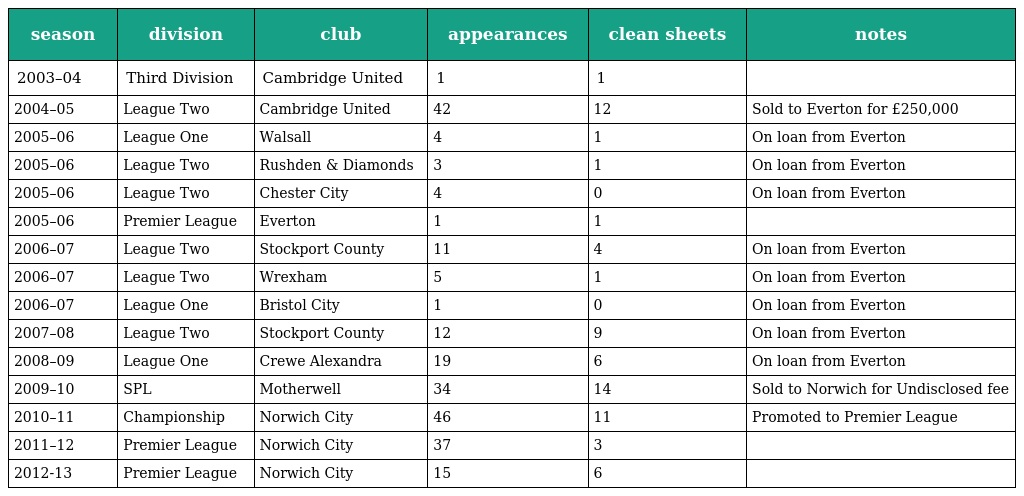
| season | division | club | appearances | clean sheets | notes |
 | --- | --- | --- | --- | --- | --- |
 | 2003–04 | Third Division | Cambridge United | 1 | 1 |  |
 | 2004–05 | League Two | Cambridge United | 42 | 12 | Sold to Everton for £250,000 |
 | 2005–06 | League One | Walsall | 4 | 1 | On loan from Everton |
 | 2005–06 | League Two | Rushden & Diamonds | 3 | 1 | On loan from Everton |
 | 2005–06 | League Two | Chester City | 4 | 0 | On loan from Everton |
 | 2005–06 | Premier League | Everton | 1 | 1 |  |
 | 2006–07 | League Two | Stockport County | 11 | 4 | On loan from Everton |
 | 2006–07 | League Two | Wrexham | 5 | 1 | On loan from Everton |
 | 2006–07 | League One | Bristol City | 1 | 0 | On loan from Everton |
 | 2007–08 | League Two | Stockport County | 12 | 9 | On loan from Everton |
 | 2008–09 | League One | Crewe Alexandra | 19 | 6 | On loan from Everton |
 | 2009–10 | SPL | Motherwell | 34 | 14 | Sold to Norwich for Undisclosed fee |
 | 2010–11 | Championship | Norwich City | 46 | 11 | Promoted to Premier League |
 | 2011–12 | Premier League | Norwich City | 37 | 3 |  |
 | 2012-13 | Premier League | Norwich City | 15 | 6 |  |